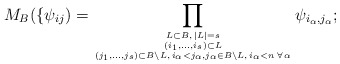
\begin{gather*}M_B(\{\psi_{ij}) =\prod_{{ L \subset B, \, |L|=s \atop (i_1,\ldots,i_s) \subset L} \atop (j_1,\ldots,j_s) \subset B \setminus L, \, i_{\alpha} < j_{\alpha}, j_{\alpha} \in B {\setminus} L, \, i_{\alpha} < n\, \forall \, \alpha} \psi_{i_{\alpha},j_{\alpha}};\end{gather*}